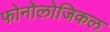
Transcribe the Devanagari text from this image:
फोनोलोजिकल